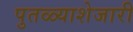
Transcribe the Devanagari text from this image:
पुतळ्याशेजारी